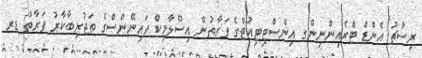
ރިސާޗު އެންޑް ޓްރެއިންނިންގ އިންސްޓިޓިއުޓްގެ ފަރާތުން އިސްލާމިކް ފައިނޭންސްގެ ތަޖުރިބާކާރު ފަރާތް ޑރ